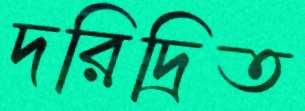
দরিদ্রিত